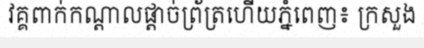
វគ្គពាក់កណ្តាលផ្តាច់ព្រ័ត្រហើយភ្នំពេញ៖ ក្រសួង